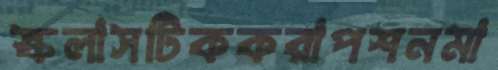
স্কলাসটিককরাপশনমা